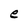
Character: e